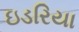
ઇડરિયા